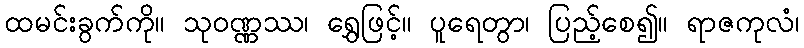
ထမင်းခွက်ကို။ သုဝဏ္ဏဿ၊ ရွှေဖြင့်။ ပူရေတွာ၊ ပြည့်စေ၍။ ရာဇကုလံ၊